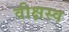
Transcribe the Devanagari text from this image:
वीक्षस्व